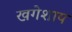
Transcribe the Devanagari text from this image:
खगेशाय